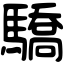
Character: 驕